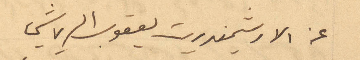
عن الارشمندريت يعقوب الرياشي